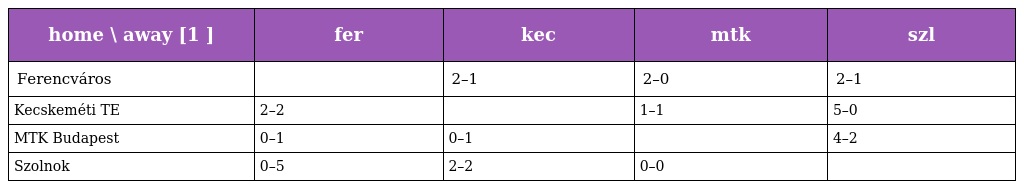
| home \ away [1 ] | fer | kec | mtk | szl |
 | --- | --- | --- | --- | --- |
 | Ferencváros |  | 2–1 | 2–0 | 2–1 |
 | Kecskeméti TE | 2–2 |  | 1–1 | 5–0 |
 | MTK Budapest | 0–1 | 0–1 |  | 4–2 |
 | Szolnok | 0–5 | 2–2 | 0–0 |  |